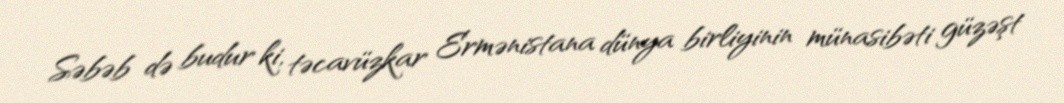
Səbəb də budur ki, təcavüzkar Ermənistana dünya birliyinin münasibəti güzəşt